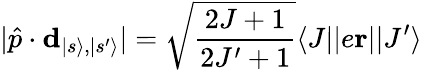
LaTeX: |\hat{p}\cdot\mathbf{d}_{|s\rangle,|s^{\prime}\rangle}|=\sqrt{\frac{2J+1}{2J^{\prime}+1}}\langle J||e\mathbf{r}||J^{\prime}\rangle